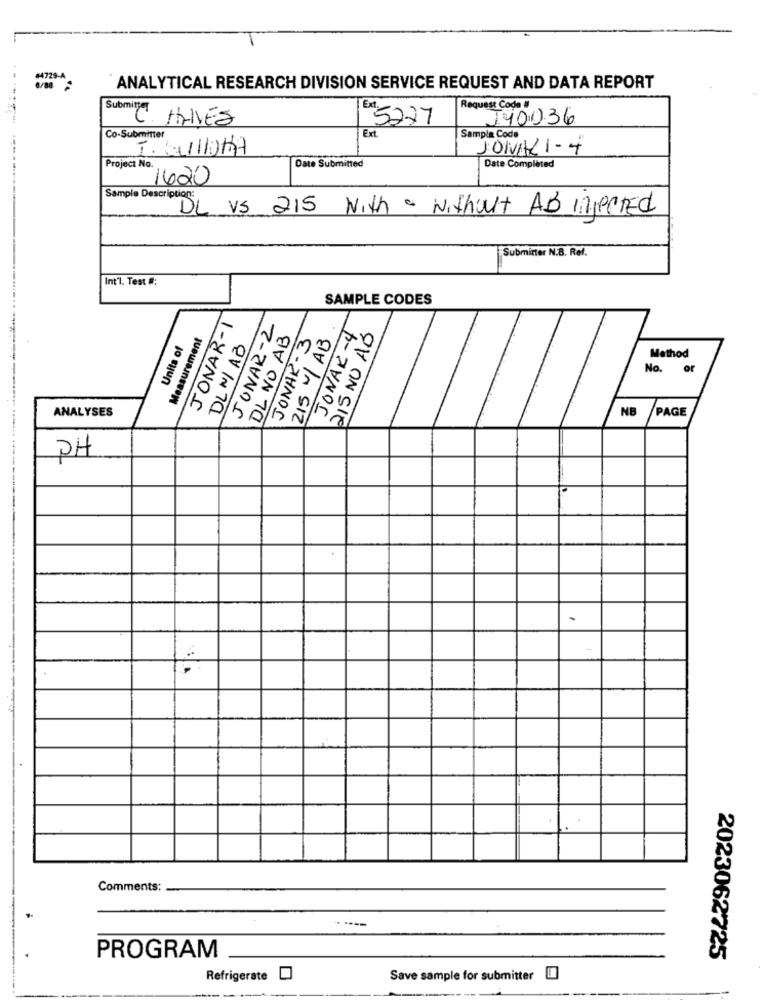
1729-A
ANALYTICAL RESEARCH DIVISION SERVICE REQUEST AND DATA REPORT
Submity
Request Code #
C. ALVES
5277
J40036
Co-Submitter
Ext.
Sample Code
I. bu/11017
JONALI - 4
Project No.
Date Submitted
Date Completed
1620
Sample Description:
DL VS 215 With - without AB Injected
Submitter N.B. Ref.
Int'l. Test #:
SAMPLE CODES
JONAR-1
JONAR-2
JONAR-4
DL NO AB
JONAR- 3
215 NO AB
Units of
Measurement
DL N/ AB
215 / AB
Method
No.
of
ANALYSES
NB
PAGE
PH
Comments:
.
----
PROGRAM
2023062725
Refrigerate
Save sample for submitter I